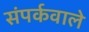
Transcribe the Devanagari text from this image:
संपर्कवाले